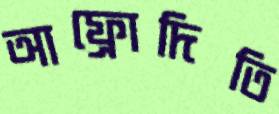
আফ্রোদিতি